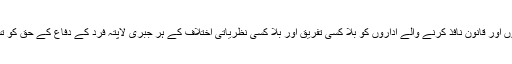
ہمارئے حکمرانوں اور قانون نافذ کرنے والے اداروں کو بلا کسی تفریق اور بلا کسی نظریاتی اختلاف کے ہر جبری لاپتہ فرد کے دفاع کے حق کو تسلیم کرنا چاہئے۔